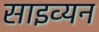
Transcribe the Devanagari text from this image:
साइव्यन